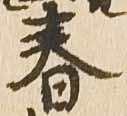
春